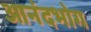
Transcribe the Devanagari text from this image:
आनंदभोग